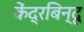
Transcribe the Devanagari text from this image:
केंद्रबिन्दू